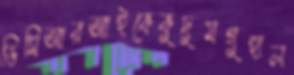
ডিসিআরআইকেকুদুমগুহাল